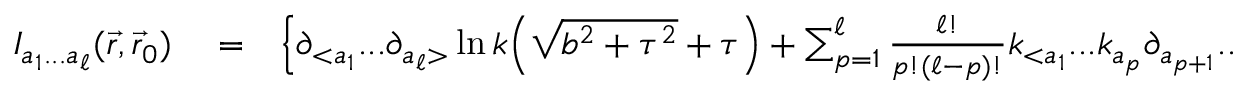
\begin{array} { r l r } { { \cal I } _ { a _ { 1 } . . . a _ { \ell } } ( \vec { r } , \vec { r } _ { 0 } ) } & { { } = } & { \Big \{ \partial _ { < a _ { 1 } } . . . \partial _ { a _ { \ell } > } \ln k \Big ( { \sqrt { b ^ { 2 } + \tau ^ { 2 } } + \tau } \Big ) + \sum _ { p = 1 } ^ { \ell } \frac { \ell ! } { p ! ( \ell - p ) ! } k _ { < a _ { 1 } } . . . k _ { a _ { p } } \partial _ { a _ { p + 1 } } . . . \partial _ { a _ { \ell } > } \frac { \partial ^ { p - 1 } } { \partial \tau ^ { p - 1 } } \frac { 1 } { \sqrt { b ^ { 2 } + \tau ^ { 2 } } } \Big \} \Big | _ { \tau _ { 0 } } ^ { \tau } . ~ ~ ~ ~ } \end{array}